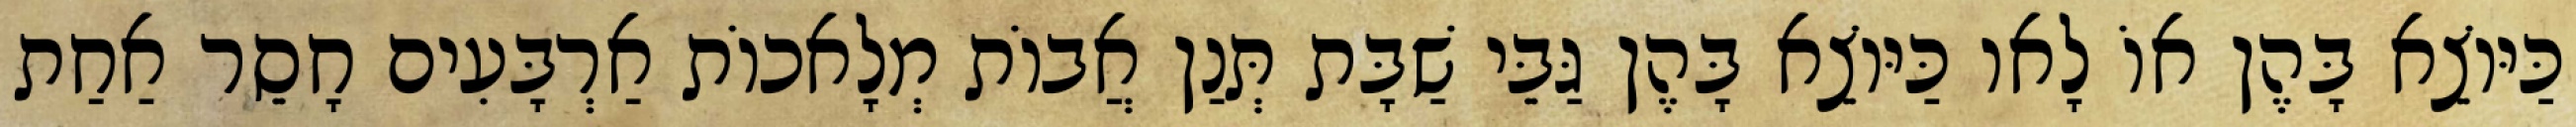
כַּיּוֹצֵא בָּהֶן אוֹ לָאו כַּיּוֹצֵא בָּהֶן גַּבֵּי שַׁבָּת תְּנַן אֲבוֹת מְלָאכוֹת אַרְבָּעִים חָסֵר אַחַת